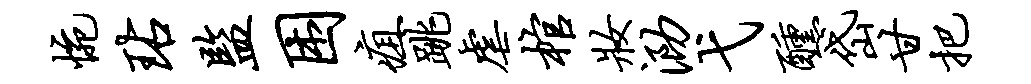
惋玷监困疽跳虐棺妆泐弋醺岱甘把